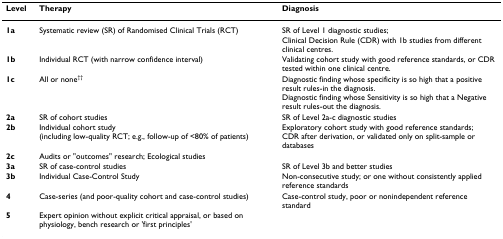
| Level | Therapy | Diagnosis |
 | --- | --- | --- |
 | 1a | Systematic review (SR) of Randomised Clinical Trials (RCT) | SR of Level 1 diagnostic studies;Clinical Decision Rule (CDR) with 1b studies from different clinical centres. |
 | 1b | Individual RCT (with narrow confidence interval) | Validating cohort study with good reference standards, or CDR tested within one clinical centre. |
 | 1c | All or none†† | Diagnostic finding whose specificity is so high that a positive result rules-in the diagnosis.Diagnostic finding whose Sensitivity is so high that a Negative result rules-out the diagnosis. |
 | 2a | SR of cohort studies | SR of Level 2a-c diagnostic studies |
 | 2b | Individual cohort study (including low-quality RCT; e.g., follow-up of <80% of patients) | Exploratory cohort study with good reference standards;CDR after derivation, or validated only on split-sample or databases |
 | 2c | Audits or "outcomes" research; Ecological studies |  |
 | 3a | SR of case-control studies | SR of Level 3b and better studies |
 | 3b | Individual Case-Control Study | Non-consecutive study; or one without consistently applied reference standards |
 | 4 | Case-series (and poor-quality cohort and case-control studies) | Case-control study, poor or nonindependent reference standard |
 | 5 | Expert opinion without explicit critical appraisal, or based on physiology, bench research or 'first principles' |  |